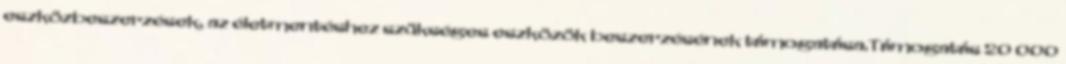
eszközbeszerzések, az életmentéshez szükséges eszközök beszerzésének támogatása.Támogatás 20 000